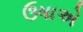
ઉષાએ